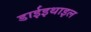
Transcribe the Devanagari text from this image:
डाईइथाइल